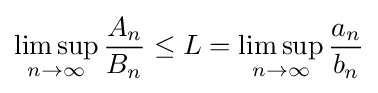
\limsup _{n\to \infty }{\frac {A_{n}}{B_{n}}}\leq L=\limsup _{n\to \infty }{\frac {a_{n}}{b_{n}}}